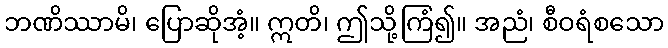
ဘဏိဿာမိ၊ ပြောဆိုအံ့။ ဣတိ၊ ဤသို့ကြံ၍။ အညံ၊ စီဝရံစသော